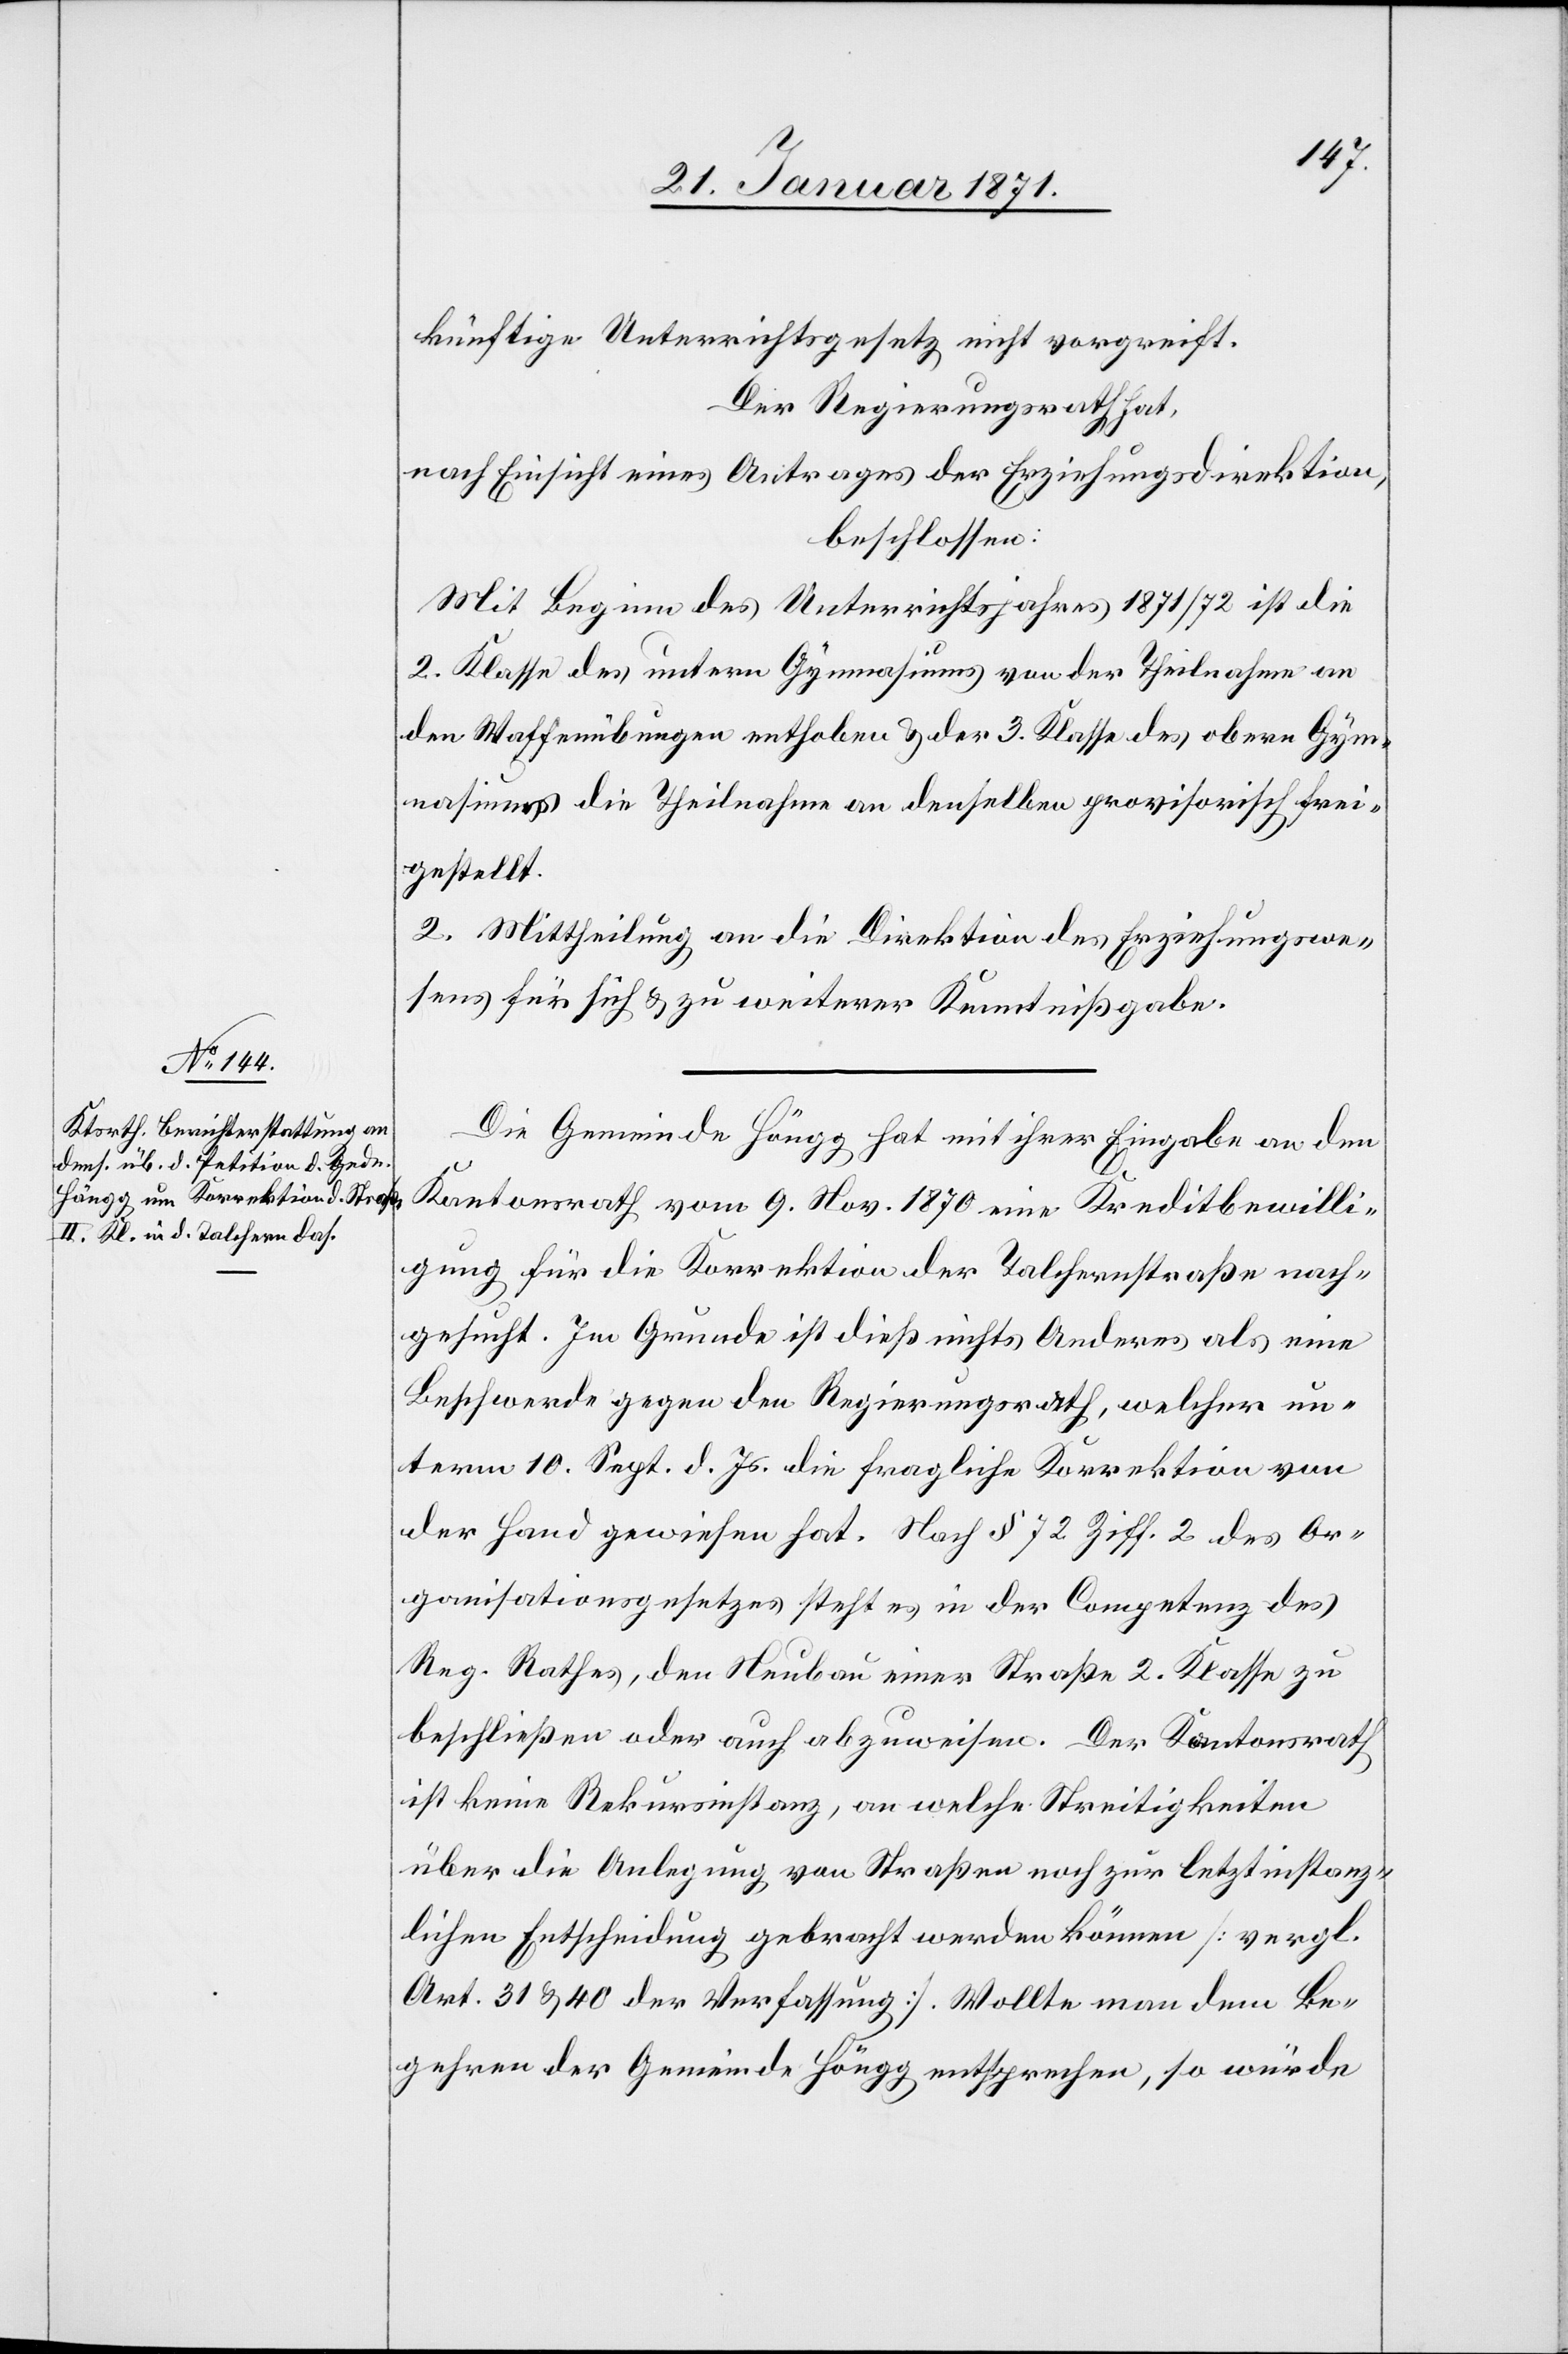
künftige Unterrichtsgesetz nicht vorgreift.
Der Regierungsrath hat,
nach Einsicht eines Antrages der Erziehungsdirektion,
beschlossen:
Mit Beginn des Unterrichtsjahres 1871/72 ist die
2. Klasse des untern Gymnasiums von der Theilnahme an
den Waffenübungen enthoben u. der 3. Klasse des obern Gym¬
nasiums die Theilnahme an denselben provisorisch frei¬
gestellt.
2. Mittheilung an die Direktion des Erziehungswe¬
sens für sich u. zu weiterer Kenntnißgabe.
Die Gemeinde Höngg hat mit ihrer Eingabe an den
Kantonsrath vom 9. Nov. 1870 eine Kreditbewilli¬
gung für die Korrektion der Talchernstraße nach¬
gesucht. Im Grunde ist dieß nichts Anderes als eine
Beschwerde gegen den Regierungsrath, welcher un¬
term 10. Sept. d. Js. die fragliche Korrektion von
der Hand gewiesen hat. Nach § 72 Ziff. 2 des Or¬
ganisationsgesetztes steht es in der Competenz des
Reg. Rathes, den Neubau einer Straße 2. Klasse zu
beschließen oder auch abzuweisen. Der Kantonsrath
ist keine Rekursinstanz, an welche Streitigkeiten
über die Anlegung von Straßen noch zur letztinstanz¬
lichen Entscheidung gebracht werden können [vergl.
Art. 31 u. 40 der Verfassung]. Wollte man dem Be¬
gehren der Gemeinde Höngg entsprechen, so würde